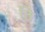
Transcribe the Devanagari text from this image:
ठि